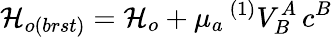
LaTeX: {\cal H}_{o(brst)}={\cal H}_{o}+\mu_{a}\, {}^{(1)}V_{B}^{A}\, c^{B}